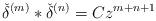
LaTeX: \begin{align*}{\check{\delta}}^{(m)}\ast{\check{\delta}}^{(n)}= C z^{m+n+1}\end{align*}